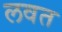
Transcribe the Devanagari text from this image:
लवत